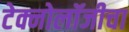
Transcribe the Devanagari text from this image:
टेक्नोलॉजीचा